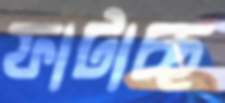
ফাটাচ্ছ